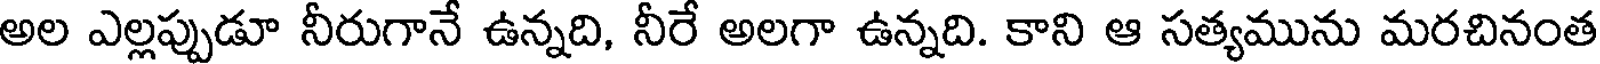
అల ఎల్లప్పుడూ నీరుగానే ఉన్నది, నీరే అలగా ఉన్నది. కాని ఆ సత్యమును మరచినంత